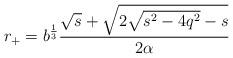
LaTeX: \begin{align*}r_+ = b^\frac13\frac{\sqrt{s} + \sqrt{2\sqrt{s^2-4q^2}-s}}{2\alpha} \end{align*}